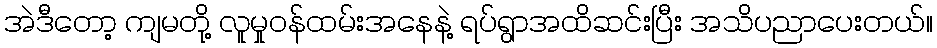
အဲဒီတော့ ကျမတို့ လူမှုဝန်ထမ်းအနေနဲ့ ရပ်ရွာအထိဆင်းပြီး အသိပညာပေးတယ်။